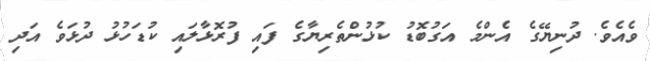
ވެއެވެ. ދުނިޔޭގެ އެންމެ އަގުބޮޑު ކުޅުންތެރިޔާގެ ފައި ފުރޮޅާލައި ކުޑަހުޅު ދުޅަވެ އަދި